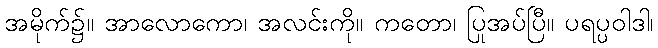
အမိုက်၌။ အာလောကော၊ အလင်းကို။ ကတော၊ ပြုအပ်ပြီ။ ပရပ္ပဝါဒါ၊